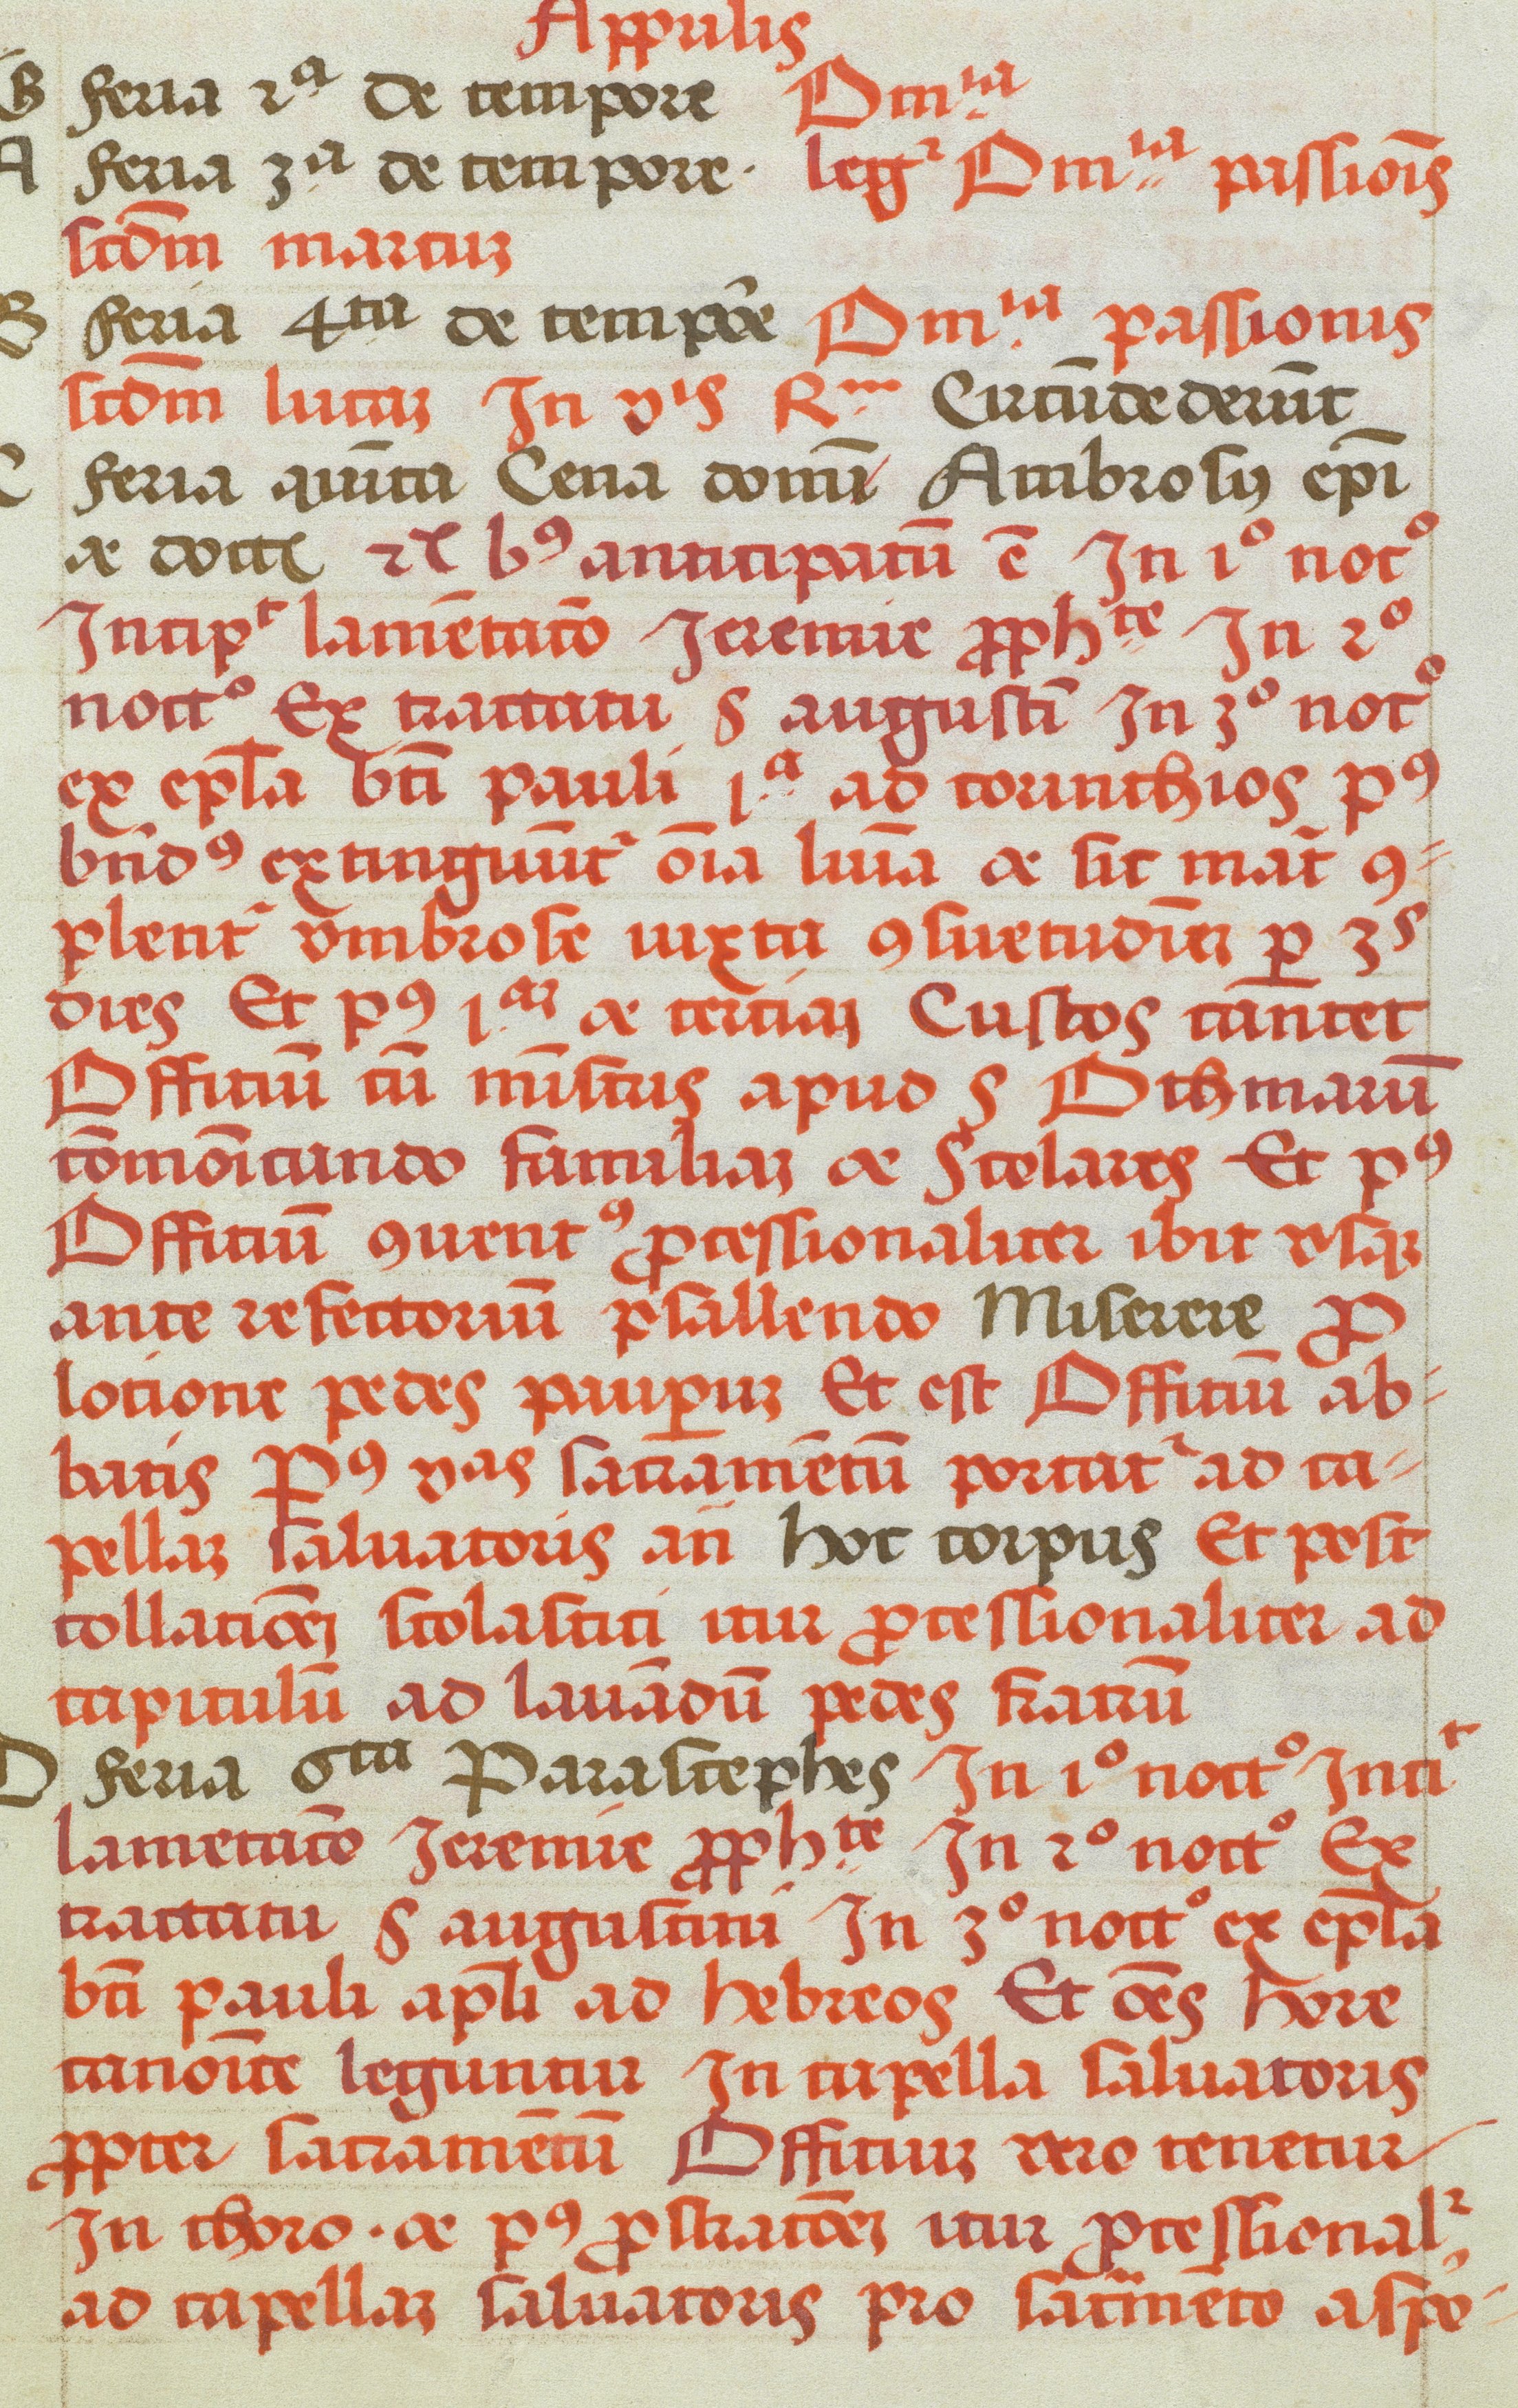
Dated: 1505–1535